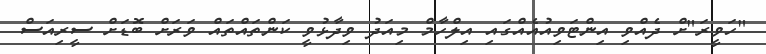
"ހަވީރަ"ށް ދެއްވި އިންޓަވިއުއެއްގައި އިލްހާމް މިއަދު ވިދާޅުވީ ކަންތައްތައް ވަރަށް ބޮޑަށް ސީރިއަސް